Scottish Leaving Certificate Examination, 1958
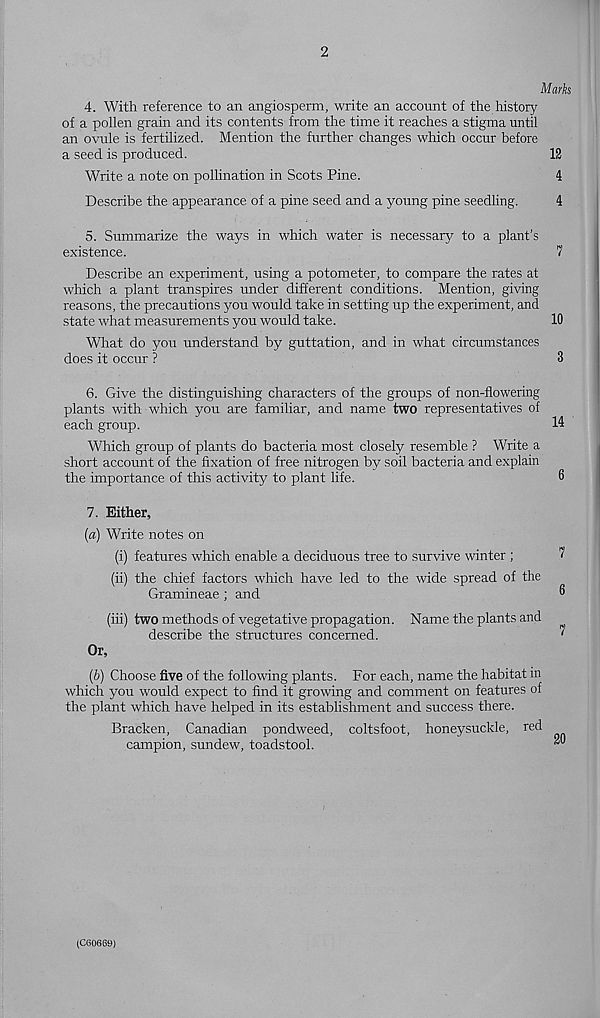
2
Marks
4. With reference to an angiosperm, write an account of the history
of a pollen grain and its contents from the time it reaches a stigma until
an ovule is fertilized. Mention the further changes which occur before
a seed is produced.
12
Write a note on pollination in Scots Pine.
4
Describe the appearance of a pine seed and a young pine seedling.
4
5. Summarize the ways in which water is necessary to a plant’s
existence.
7
Describe an experiment, using a potometer, to compare the rates at
which a plant transpires under different conditions. Mention, giving
reasons, the precautions you would take in setting up the experiment, and
state what measurements you would take.
10
What do you understand by guttation, and in what circumstances
does it occur ?
3
6. Give the distinguishing characters of the groups of non-flowering
plants with which you are familiar, and name two representatives of
each group.
14
Which group of plants do bacteria most closely resemble ? Write a
short account of the fixation of free nitrogen by soil bacteria and explain
the importance of this activity to plant life.
3
7. Either,
(а) Write notes on
(i) features which enable a deciduous tree to survive winter ;
(ii) the chief factors which have led to the wide spread of the
Gramineae ; and
(iii) two methods of vegetative propagation. Name the plants and
describe the structures concerned.
Or,
(б) Choose five of the following plants. For each, name the habitat in
which you would expect to find it growing and comment on features of
the plant which have helped in its establishment and success there.
Bracken, Canadian pondweed, coltsfoot, honeysuckle, red
campion, sundew, toadstool.
(C60669)